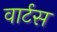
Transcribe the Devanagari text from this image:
वार्टस